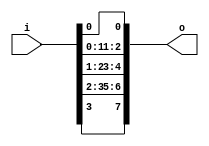
// This program was cloned from: https://github.com/NYU-MLDA/OpenABC
// License: BSD 3-Clause "New" or "Revised" License

module bsg_expand_bitmask_in_width_p4_expand_p2
(
  i,
  o
);

  input [3:0] i;
  output [7:0] o;
  wire [7:0] o;
  wire o_7_,o_5_,o_3_,o_1_;
  assign o_7_ = i[3];
  assign o[6] = o_7_;
  assign o[7] = o_7_;
  assign o_5_ = i[2];
  assign o[4] = o_5_;
  assign o[5] = o_5_;
  assign o_3_ = i[1];
  assign o[2] = o_3_;
  assign o[3] = o_3_;
  assign o_1_ = i[0];
  assign o[0] = o_1_;
  assign o[1] = o_1_;

endmodule